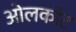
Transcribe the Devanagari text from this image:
ओलकॉट